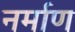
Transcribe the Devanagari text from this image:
नर्माण